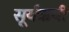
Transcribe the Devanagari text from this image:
सूर्यऋयी